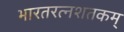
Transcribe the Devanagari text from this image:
भारतरत्नशतकम्